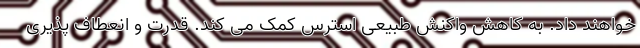
خواهند داد. به کاهش واکنش طبیعی استرس کمک می کند. قدرت و انعطاف پذیری